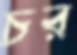
চর